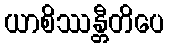
ယာစိဿန္တီတိပေ